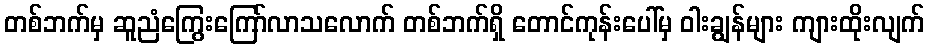
တစ်ဘက်မှ ဆူညံကြွေးကြော်လာသလောက် တစ်ဘက်ရှိ တောင်ကုန်းပေါ်မှ ဝါးချွန်များ ကျားထိုးလျက်